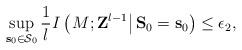
LaTeX: \begin{align*}\mathop {\sup }\limits_{{{{\bf s} }_0} \in \mathcal{S}_0} \frac{1}{l}I\left( {\left. {M;{{{\bf Z} }^{l-1} }} \right|{{{\bf S} }_0} = {{{\bf s} }_0}} \right) \le {\epsilon _2},\end{align*}